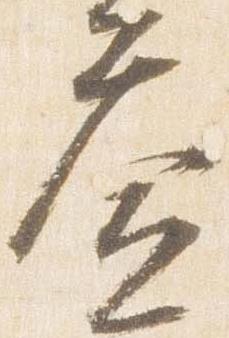
益